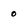
Character: 0